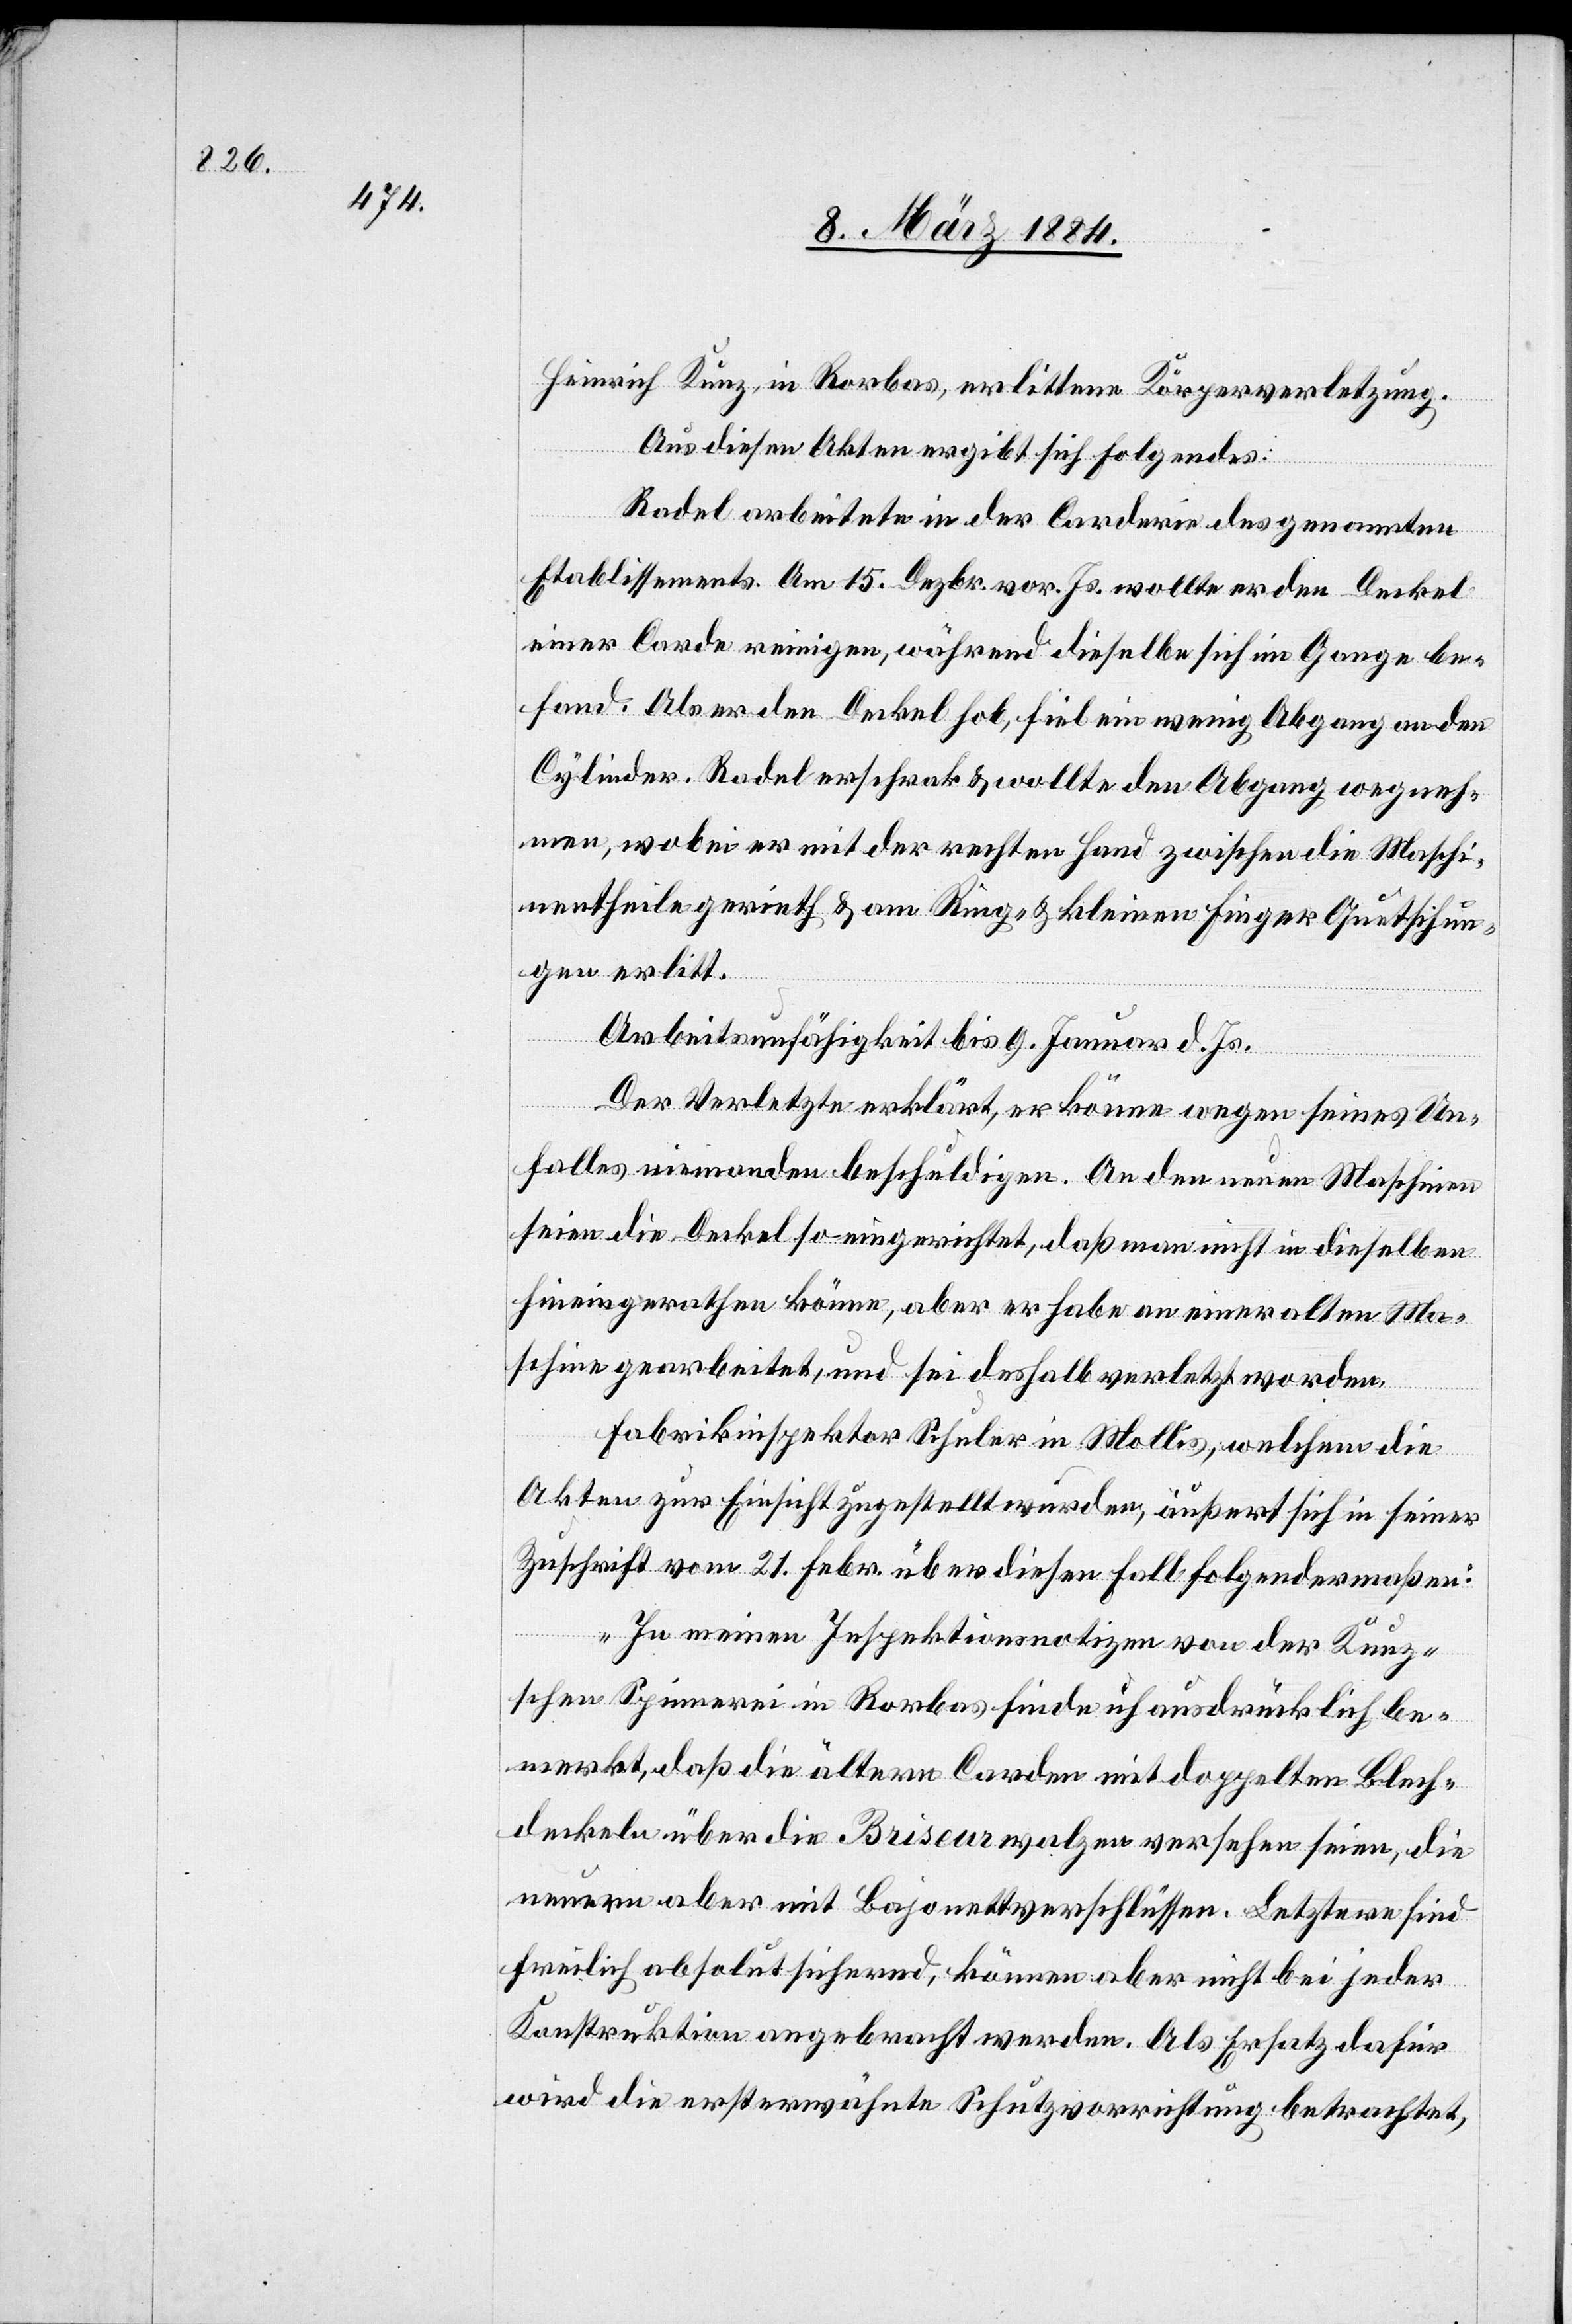
Heinrich Kunz, in Rorbas, erlittene Körperverletzung.
Aus diesen Akten ergibt sich Folgendes;
Radel arbeitete in der Carderie des genannten
Etablissements. Am 15. Dezbr. vor. Js. wollte er den Deckel
einer Carde reinigen, während dieselbe sich im Gange be¬
fand. Als er den Deckel hob, fiel ein wenig Abgang an den
Cylinder. Radel erschrak & wollte den Abgang wegneh¬
men, wobei er mit der rechten Hand zwischen die Maschi¬
nentheile gerieth & am Ring- & kleinen Finger Quetschun¬
gen erlitt.
Arbeitsunfähigkeit bis 9. Januar d. Js.
Der Verletze erklärt, er könne wegen seines Un¬
falles niemanden beschuldigen. An den neuen Maschinen
seien die Deckel so eingerichtet, daß man nicht in dieselben
hineingerathen könne, aber er habe an einer alten Ma¬
schine gearbeitet, und sei deshalb verletzt worden.
Fabrikinspektor Schuler in Mollis, welchem die
Akten zur Einsicht zugestellt wurden, äußert sich in seiner
Zuschrift vom 21. Febr. über diesen Fall folgendermaßen:
„In meinen Inspektionsnotizen von der Kunz¬
schen Spinnerei in Rorbas finde ich ausdrücklich be¬
merkt, daß die ältern Carden mit doppelten Blech¬
deckeln über die Briseurwalzen versehen seien, die
neuere aber mit Bajonettverschlüssen. Letztere sind
freilich absolut sichernd, können aber nicht bei jeder
Konstruktion angebracht werden. Als Ersatz dafür
wird die ersterwähnte Schutzvorrichtung betrachtet,